65_HS1-834228961_62-HQ-83894_Section_7
Agency: FBI
Page 25
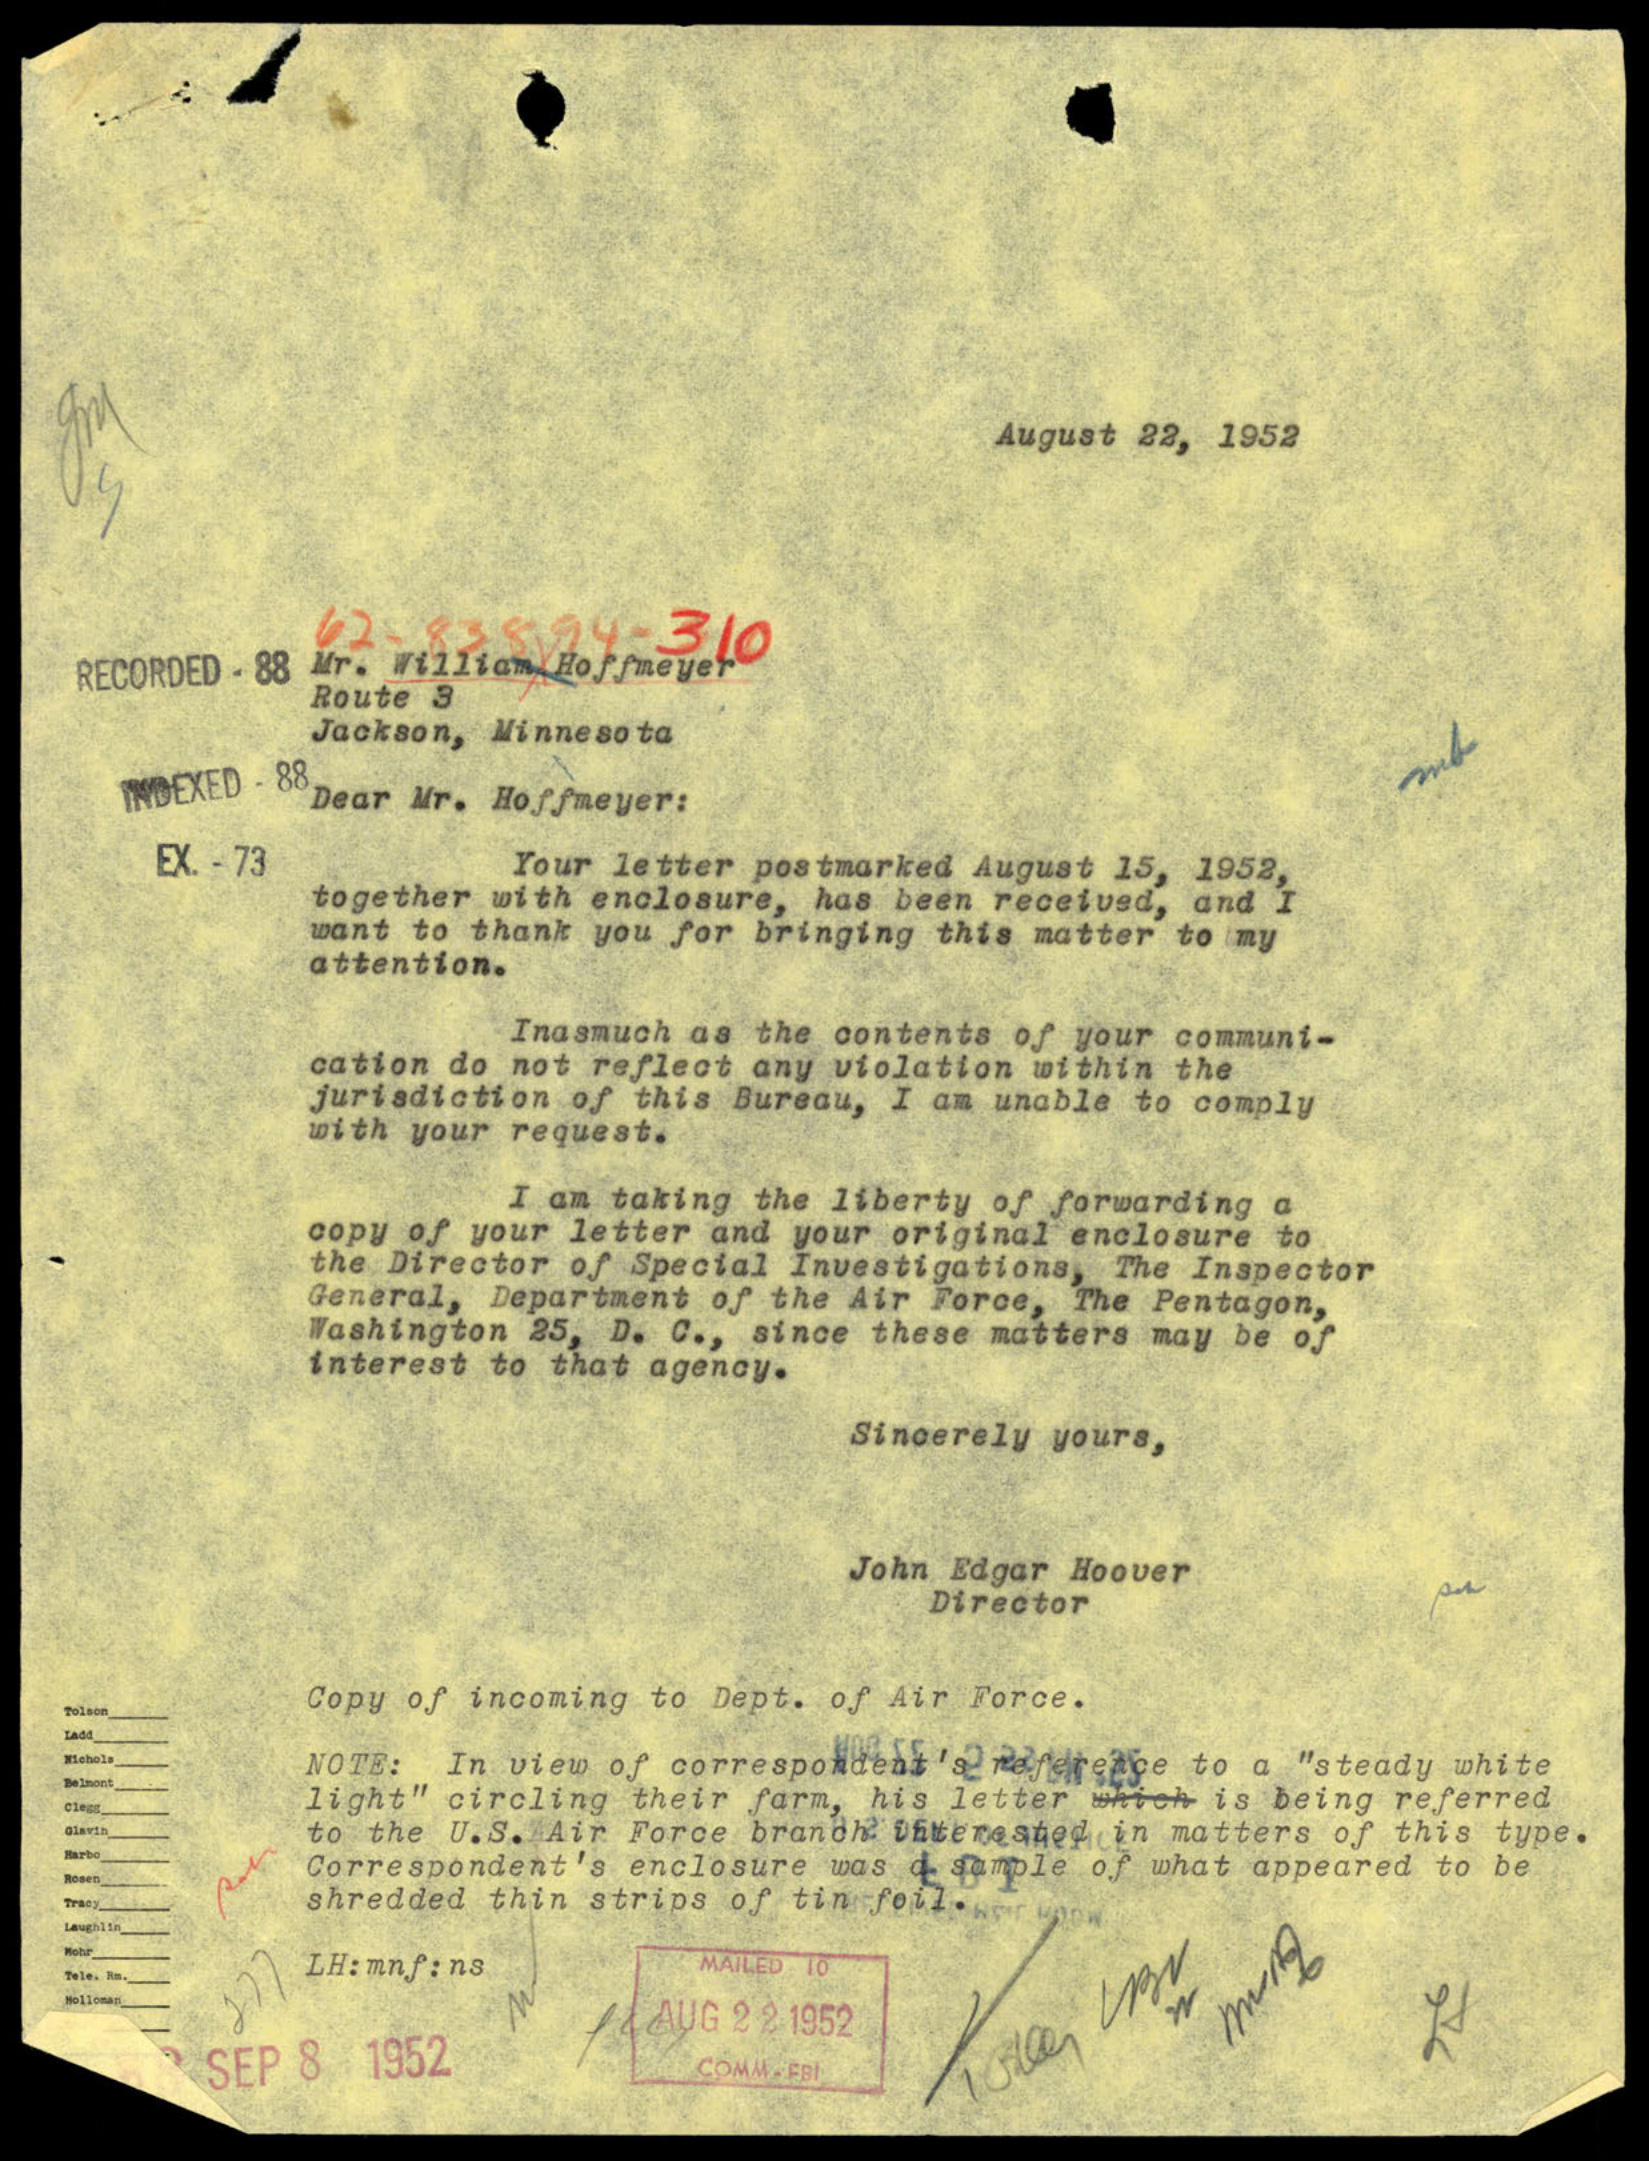